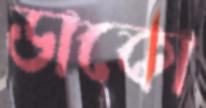
ডাকো